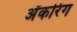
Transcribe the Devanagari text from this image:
अँकरिंग